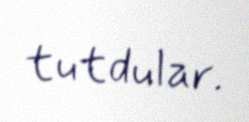
tutdular.